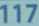
117